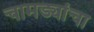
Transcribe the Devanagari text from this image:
चामड्यांचा